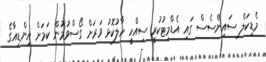
މެޑިކަލް ސައިންސެސް ގައި އެޑްމިޓުކުރީ ސިއްހީ ހާލުކޮޅު ވަރަށް ގޯސްވުމުން ކަމަށް އިންޑިއާގެ